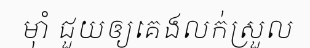
ម៉ាំ ជួយឲ្យគេងលក់ស្រួល